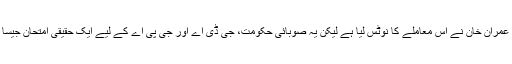
وزیراعظم عمران خان نے اس معاملے کا نوٹس لیا ہے لیکن یہ صوبائی حکومت، جی ڈی اے اور جی پی اے کے لیے ایک حقیقی امتحان جیسا ثابت ہوگا۔